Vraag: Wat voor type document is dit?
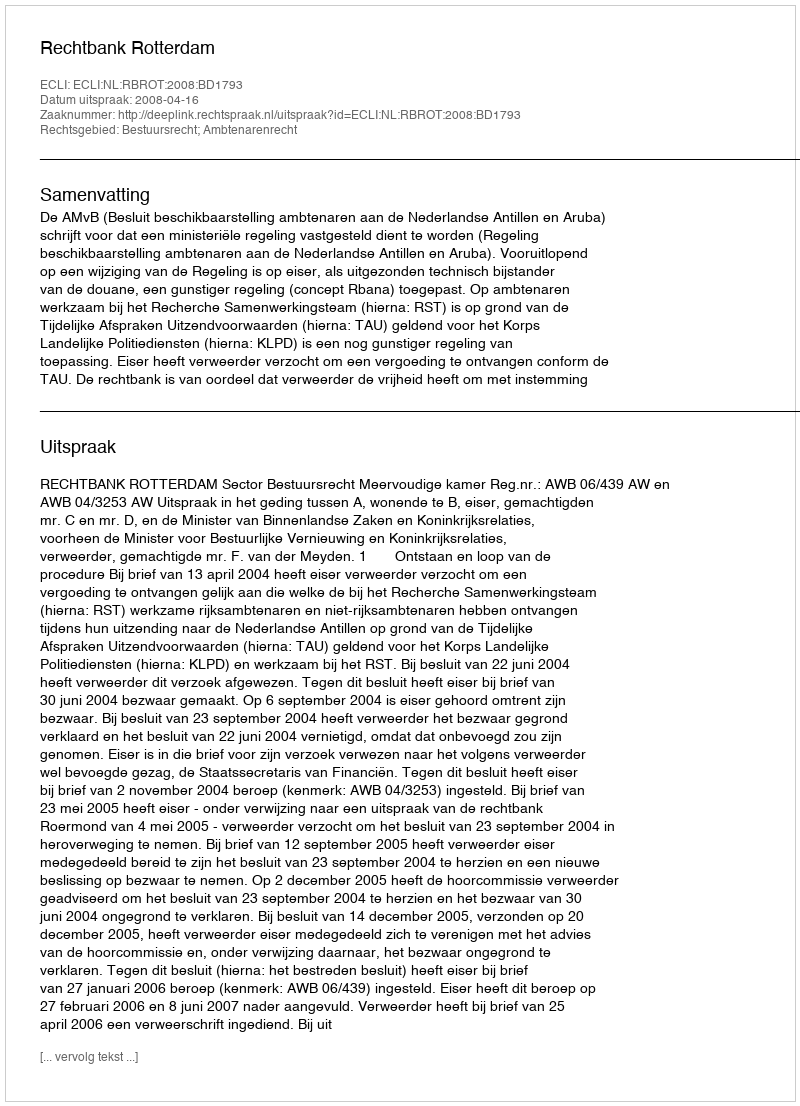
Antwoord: Uitspraak